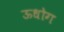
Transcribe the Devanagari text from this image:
ऊधोग